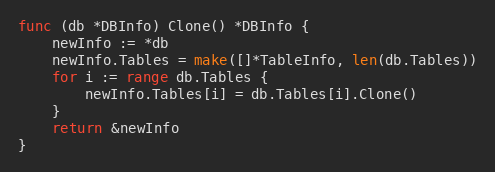
Language: Go
func (db *DBInfo) Clone() *DBInfo {
	newInfo := *db
	newInfo.Tables = make([]*TableInfo, len(db.Tables))
	for i := range db.Tables {
		newInfo.Tables[i] = db.Tables[i].Clone()
	}
	return &newInfo
}